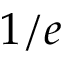
1 / e